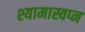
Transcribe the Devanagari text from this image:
श्यामास्वप्न